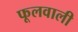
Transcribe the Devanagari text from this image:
फूलवाली